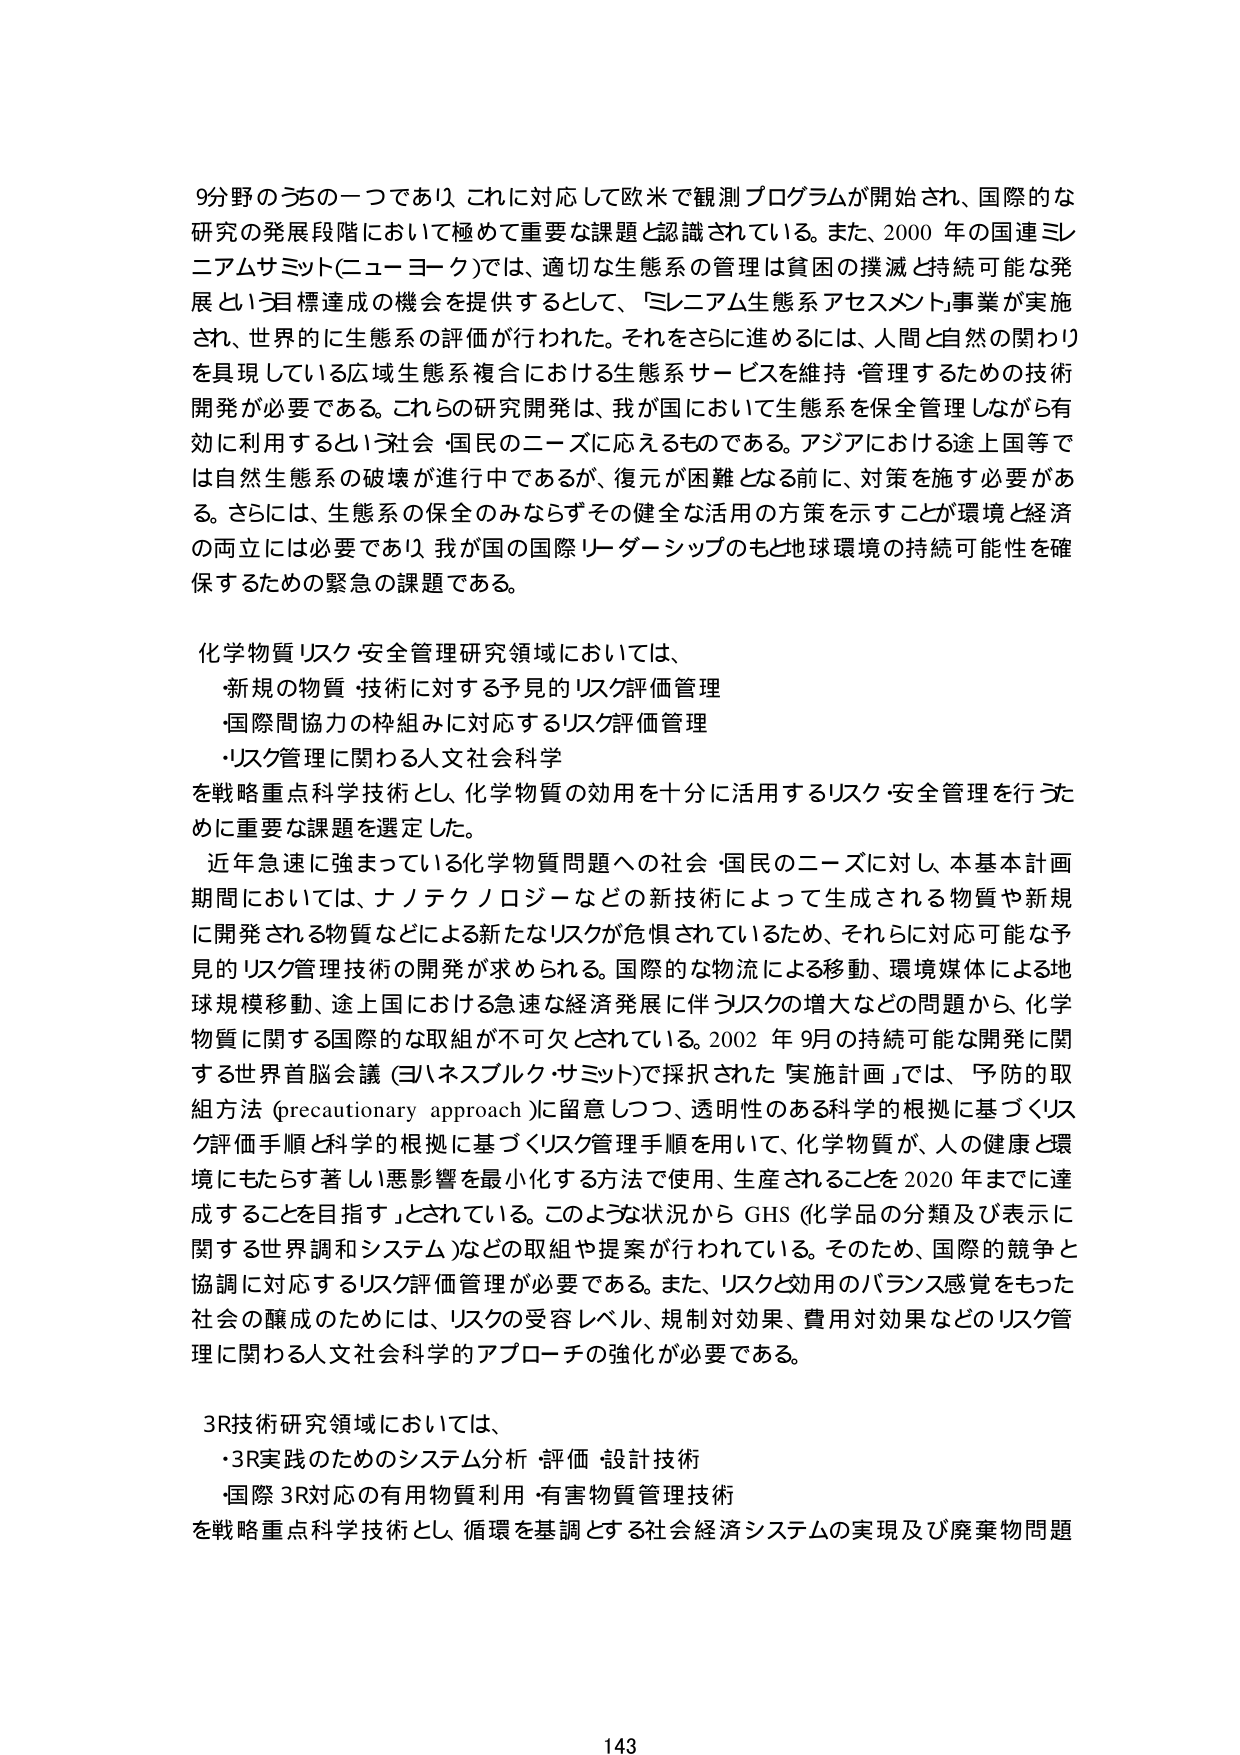
9分野のうちの一つであり、これに対応して欧米で観測プログラムが開始され、国際的な研究の発展段階において極めて重要な課題と認識されている。また、2000年の国連ミレニアムサミット（ニューヨーク）では、適切な生態系の管理は貧困の撲滅と持続可能な発展という目標達成の機会を提供するとして、「ミレニアム生態系アセスメント」事業が実施され、世界的に生態系の評価が行われた。それをさらに進めるには、人間と自然の関わりを具現している広域生態系複合における生態系サービスを維持・管理するための技術開発が必要である。これらの研究開発は、我が国において生態系を保全管理しながら有効に利用するという社会・国民のニーズに応えるものである。アジアにおける途上国等では自然生態系の破壊が進行中であるが、復元が困難となる前に、対策を施す必要がある。さらに、生態系の保全のみならずその健全な活用の方策を示すことが環境と経済の両立には必要であり、我が国の国際リーダーシップのもと地球環境の持続可能性を確保するための緊急の課題である。

化学物質リスク・安全管理研究領域においては、
・新規の物質・技術に対する予見的リスク評価管理
・国際間協力の枠組みに対応するリスク評価管理
・リスク管理に関わる人文社会科学
を戦略重点科学技術とし、化学物質の効用を十分に活用するリスク・安全管理を行うために重要な課題を選定した。

近年急速に強まっている化学物質問題への社会・国民のニーズに対し、本基本計画期間においては、ナノテクノロジーなどの新技術によって生成される物質や新規に開発される物質などによる新たなリスクが危惧されているため、それらに対応可能な予見的リスク管理技術の開発が求められる。国際的な物流による移動、環境媒体による地球規模移動、途上国における急速な経済発展に伴うリスクの増大などの問題から、化学物質に関する国際的な取組が不可欠とされている。2002年9月の持続可能な開発に関する世界首脳会議（ヨハネスブルク・サミット）で採択された「実施計画」では、「予防的取組方法（precautionary approach）に留意しつつ、透明性のある科学的根拠に基づくリスク評価手順と科学的根拠に基づくリスク管理手順を用いて、化学物質が、人の健康と環境にもたらす著しい悪影響を最小化する方法で使用、生産されることを2020年までに達成することを目指す」とされている。このような状況からGHS（化学品の分類及び表示に関する世界調和システム）などの取組や提案が行われている。そのため、国際的競争と協調に対応するリスク評価管理が必要である。また、リスクと効用のバランス感覚をもった社会の醸成のためには、リスクの受容レベル、規制対効果、費用対効果などのリスク管理に関わる人文社会科学的アプローチの強化が必要である。

3R技術研究領域においては、
・3R実践のためのシステム分析・評価・設計技術
・国際3R対応の有用物質利用・有害物質管理技術
を戦略重点科学技術とし、循環を基調とする社会経済システムの実現及び廃棄物問題

143